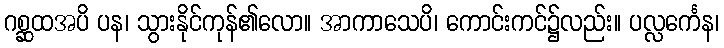
ဂစ္ဆထအပိ ပန၊ သွားနိုင်ကုန်၏လော။ အာကာသေပိ၊ ကောင်းကင်၌လည်း။ ပလ္လင်္ကေန၊